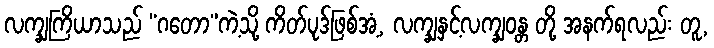
လက္ချကြိယာသည် “ဂတော”ကဲ့သို့ ကိတ်ပုဒ်ဖြစ်အံ့, လက္ချနှင့်လက္ချဝန္တ တို့ အနက်ရလည်း တူ,